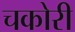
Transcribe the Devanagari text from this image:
चकोरी